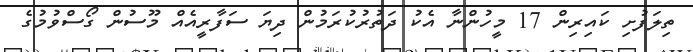
ތިލަފުށި ކައިރިން 17 މީހުންނާ އެކު ދަތުރުކުރަމުން ދިޔަ ސަފާރީއެއް މޫސުން ގޯސްވުމުގެ